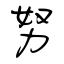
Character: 努